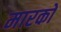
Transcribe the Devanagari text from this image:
मारको